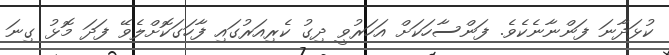
ކުޅަދާނަ ފަންނާނެކެވެ. ފަންސާހަކަށް އަހަރުވީ ދިގު ކެރިއަރުގައި ފާހަގަކޮށްލެވޭ ފަދަ މޮޅު ގިނަ